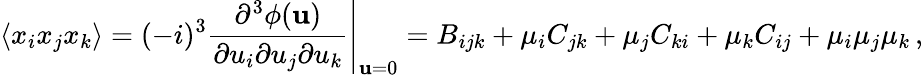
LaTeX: \langle x_{i}x_{j}x_{k}\rangle=(-i)^{3}\left.{\frac{\partial^{3}\phi({\mathbf u})}{\partial u_{i}\partial u_{j}\partial u_{k}}}\right|_{{\mathbf u}=0}=B_{ijk}+\mu_{i}C_{jk}+\mu_{j}C_{ki}+\mu_{k}C_{ij}+\mu_{i}\mu_{j}\mu_{k}\, ,